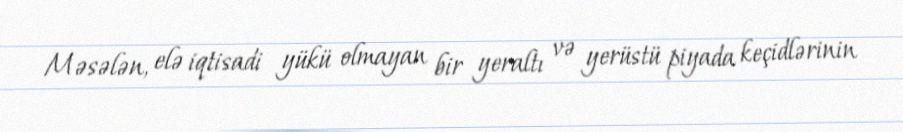
Məsələn, elə iqtisadi yükü olmayan bir yeraltı və yerüstü piyada keçidlərinin